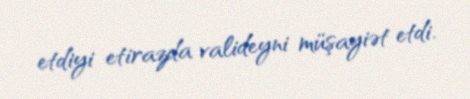
etdiyi etirazda valideyni müşayiət etdi.